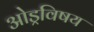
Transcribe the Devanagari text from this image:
ओड्रविषय